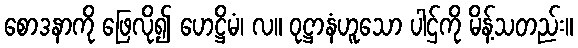
စောဒနာကို ဖြေလို၍ ဟေဋ္ဌိမံ၊ လ။ ဝုဋ္ဌာနံဟူသော ပါဌ်ကို မိန့်သတည်း။